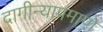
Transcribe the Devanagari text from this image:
दागीन्याप्रमाणे